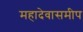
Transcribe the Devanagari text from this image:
महादेवासमीप